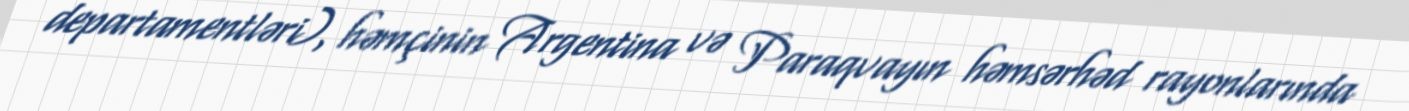
departamentləri), həmçinin Argentina və Paraqvayın həmsərhəd rayonlarında